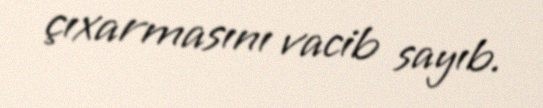
çıxarmasını vacib sayıb.